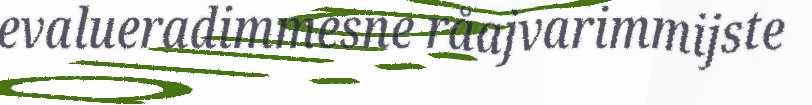
evalueradimmesne råajvarimmijste